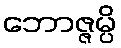
ဘောဇ္ဇမ္ပိ